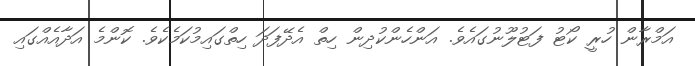
އަމްރާން ހުރީ ކޯޓު ފަޓުލޫނުގައެވެ. އަންހެންކުދިން ހިތް އެދޭފަދަ ހިތްގައިމުކަމެކެވެ. ކޮންމެ އަދާއެއްގައި